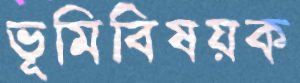
ভূমিবিষয়ক